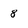
Character: 8